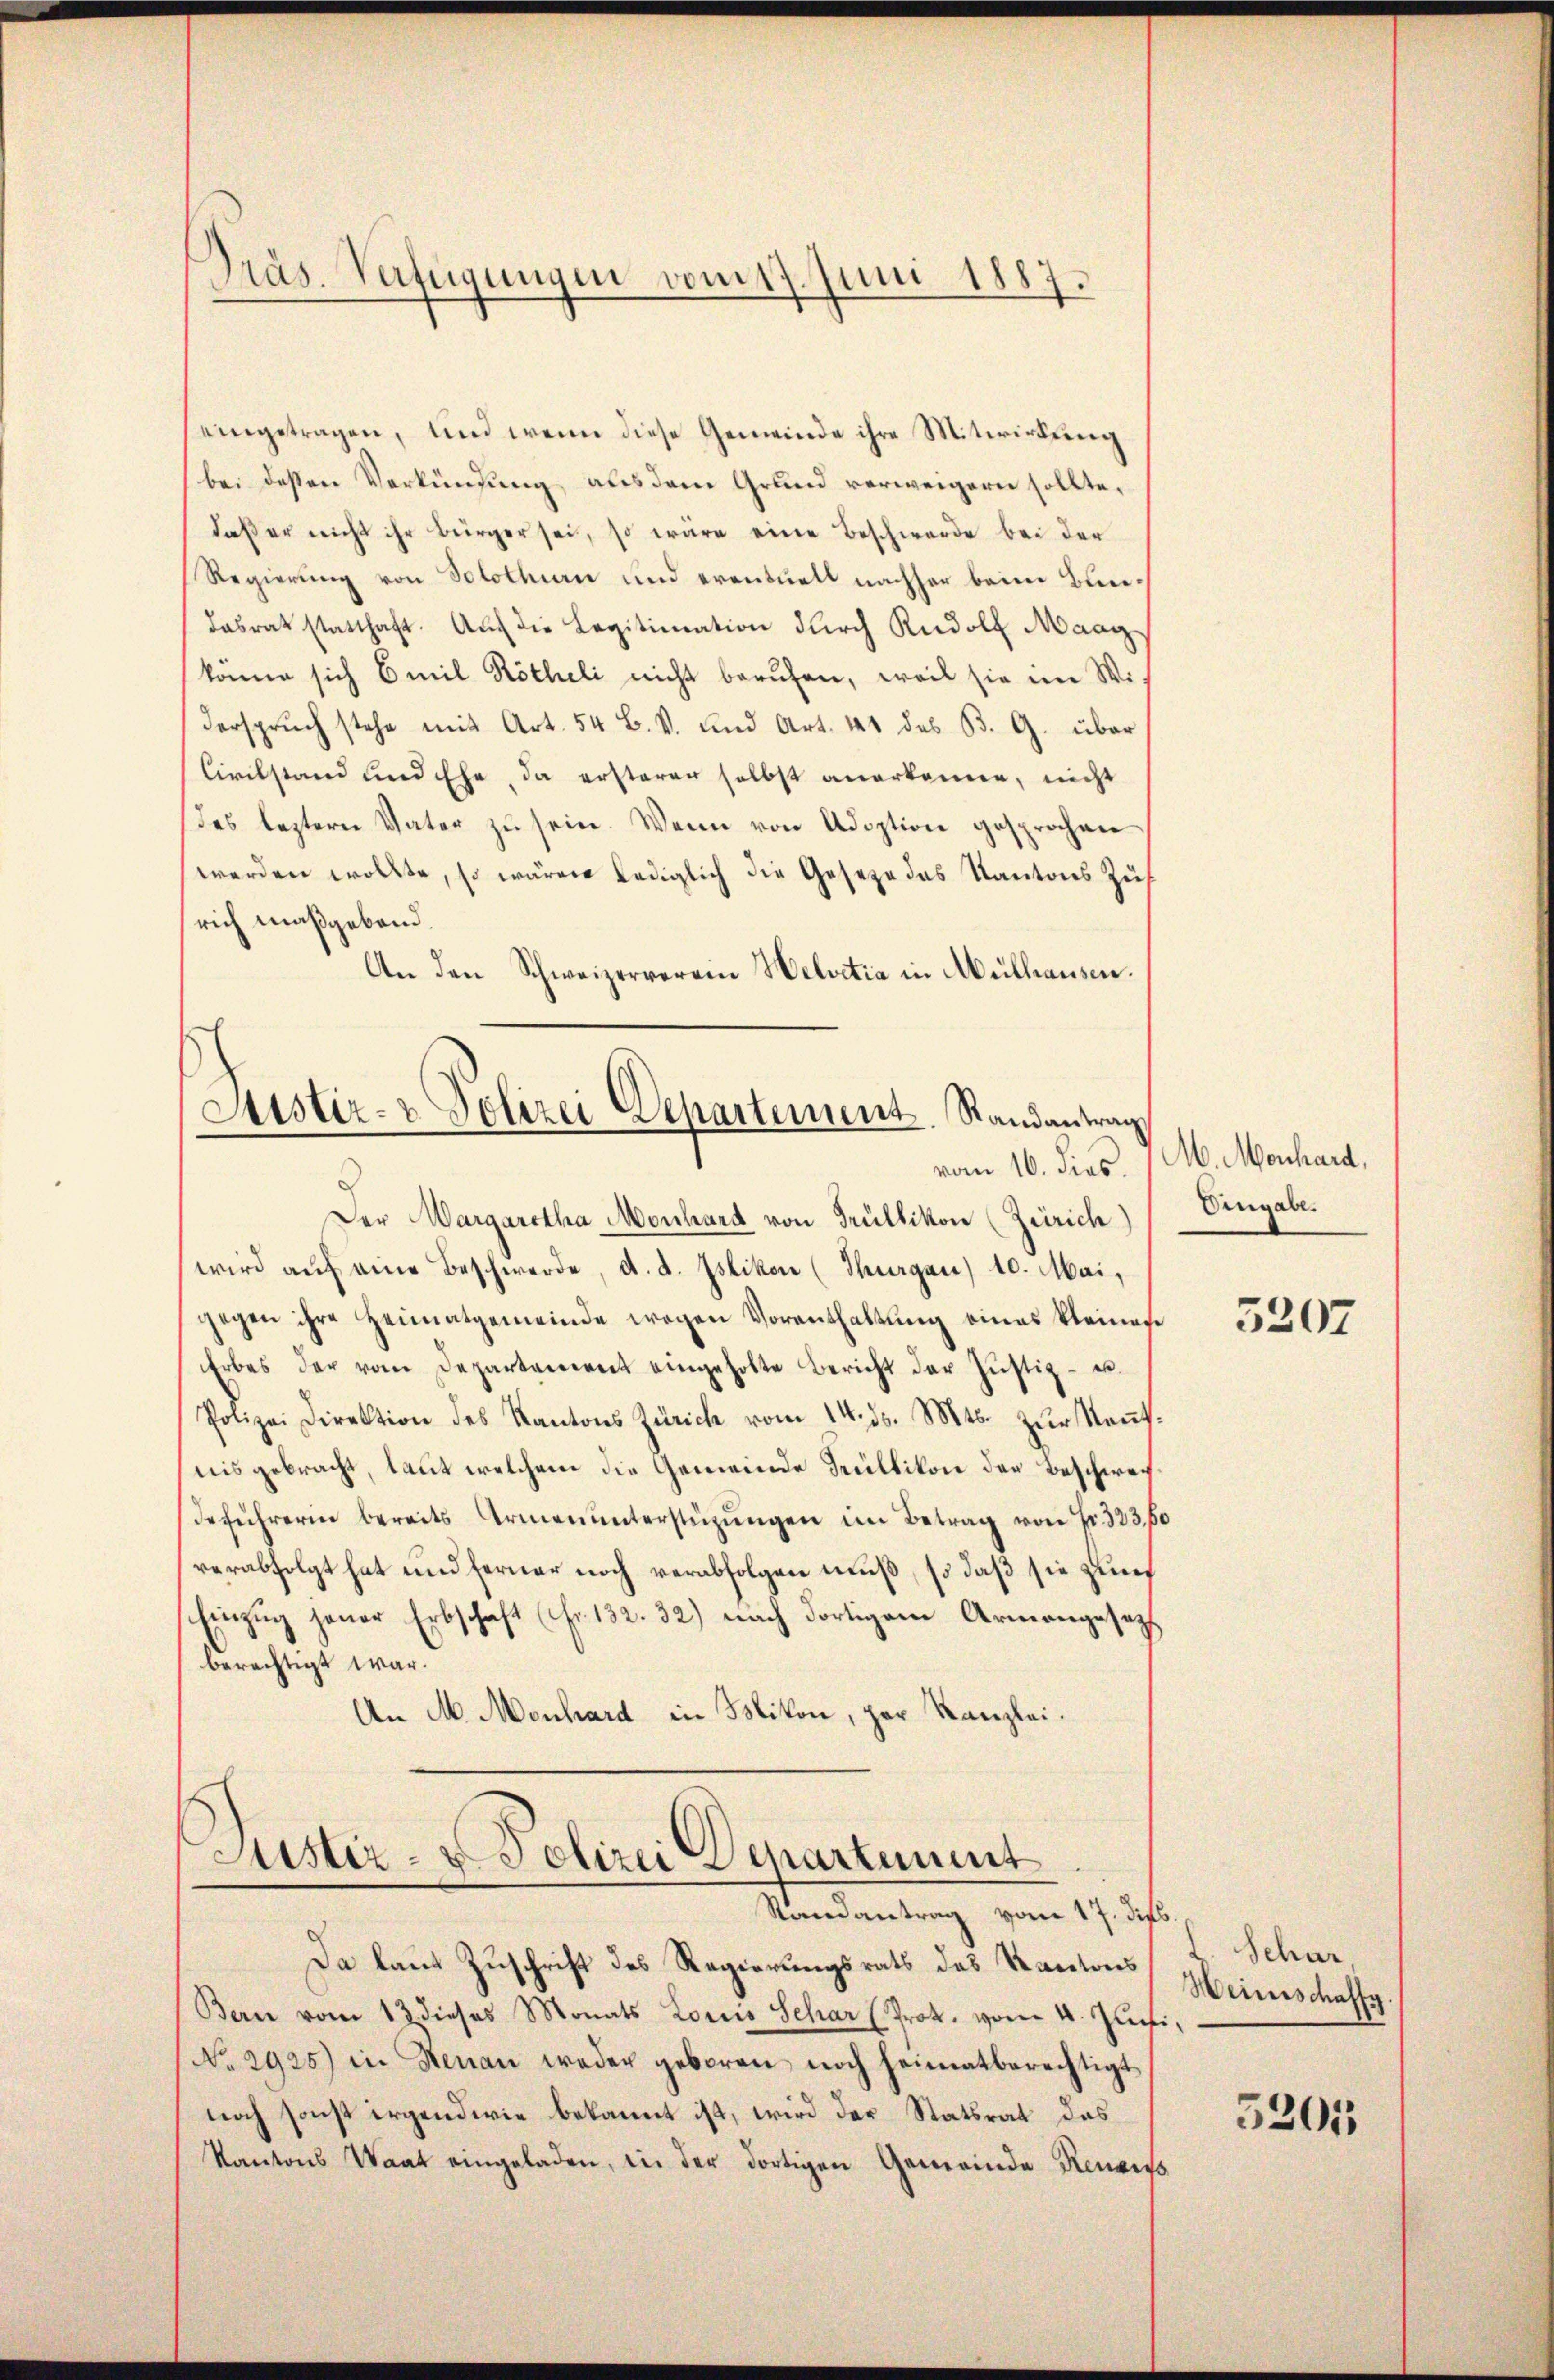
eingetragen, und wenn diese Gemeinde ihre Mitwirkung
bei dessen Verkündung aus dem Grund verweigern sollte,
daß er nicht ihr Bürger sei, so wäre eine Beschwerde bei der
Regierung von Solothurn und eventuell nachher beim Bundasrat statthaft. Aŭf die Legitimation dŭrch Rudolf Maag
könne sich Emil Rötheli nicht berufen, weil sie im Wi-
Verspruch stehe mit Art. 54 B. V. und Art. 41 des B. G. über
Civilstand und Ehe, da ersterer selbst anerkenne, nicht
des leztern Vater zu sein. Wenn von Adoption gesprochen
werden wollte, so wären lediglich die Gesetze des Kantons Zus
rich maßgebend.
An den Schweizerverein Helvetia in Mülhausen.
Sistir- u Polizei Departement. Randantrag
vom 16. dies.
Der Margaretha Monhard von Trüllikon (Zürich)
wird aŭf eine Beschwerde, d. d. Jslikon (Thurgau) 10. Mai,
gegen ihre Heimatgemeinde wegen Vorenthaltung eines kleines
Erbes der vom Departement eingeholte Bericht der Justiz - er¬
Polizei Direktion des Kantons Zürich vom 14. ds. Mts. zŭr Keṅt.
nis gebracht, laut welchem die Gemeinde Müllikon der Beschwei
deführerin bereits Armenunterstüzŭngen im Betrag von Fr. 323.
verabfolgt hat und ferner noch verabfolgen muß, so daß sie zur
Einzug jener Erbschaft (Fr. 132. 32) nach dortigem Armengesetzt
berechtigt war.
An M. Monhard in Mikon, zur Kanzlei.

Präs. Verfügungen vom 17. Juni 1887.

Justiz- & Polizei Departement
Randantrag vom 17. dieb.

Da laut Zuschrift des Regierungsrats des Kantons
Bern vom 13. dieses Monats Loris Schar (Prot. vom 4. Juni,
No 2925) in Renau weder geboren noch heimatberechtigt
noch sonst irgendwie bekannt ist, wird der Statsrat das
Kantons Waat eingeladen, in der dortigen Gemeinde Renaiss

M. Monhard,
Eingabe.

5207

Schar
Weinschaffg.

5201